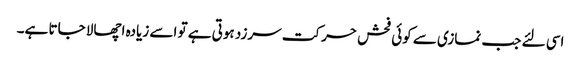
اسی لئے جب نمازی سے کوئی فحش حرکت سرزد ہوتی ہے تو اسے زیادہ اچھالا جاتا ہے۔